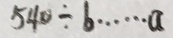
5 4 0 \div b \cdots a